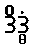
ဒိဒ္ဓံ